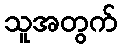
သူအတွက်